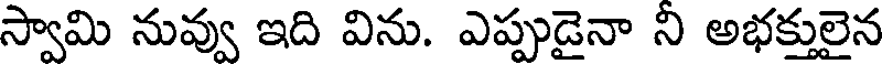
స్వామి నువ్వు ఇది విను. ఎప్పుడైనా ని అభక్తులైన